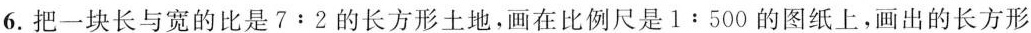
6.把一块长与宽的比是$$7 : 2$$的长方形土地，画在比例尺是$$1 : 5 0 0$$的图纸上，画出的长方形